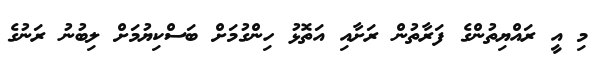
މި އީ ރައްޔިތުންގެ ފަރާތުން ރަށާއި އަތޮޅު ހިންގުމަށް ބަސްކިޔުމަށް ލިބުނު ރަނުގެ